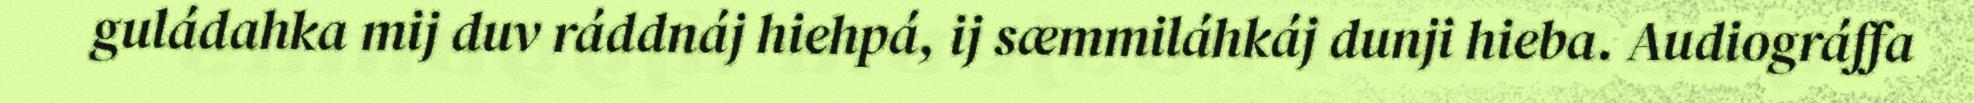
guládahka mij duv ráddnáj hiehpá, ij sæmmiláhkáj dunji hieba. Audiográffa